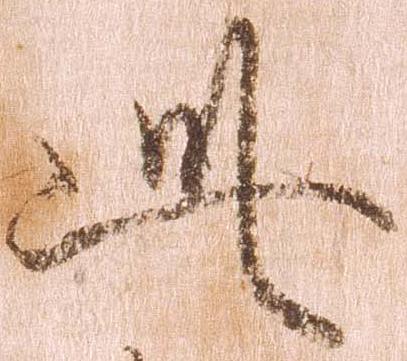
此